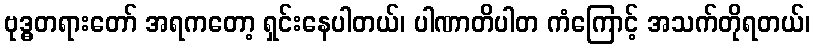
ဗုဒ္ဓတရားတော် အရကတော့ ရှင်းနေပါတယ်၊ ပါဏာတိပါတ ကံကြောင့် အသက်တိုရတယ်၊